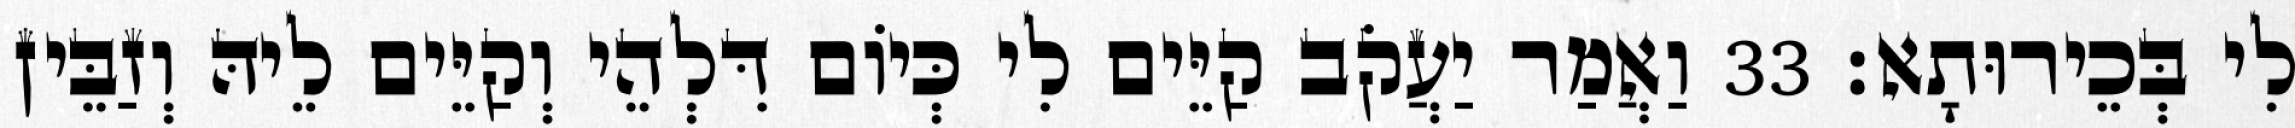
לִי בְּכֵירוּתָא׃ 33 וַאֲמַר יַעֲקֹב קַיֵּים לִי כְּיוֹם דִּלְהֵי וְקַיֵּים לֵיהּ וְזַבֵּין